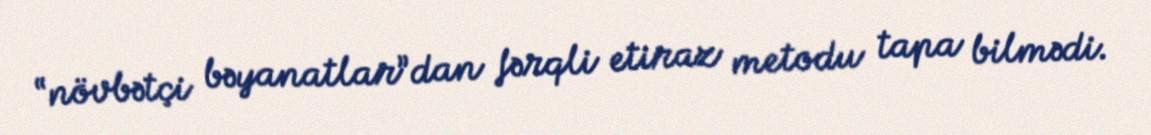
“növbətçi bəyanatlar”dan fərqli etiraz metodu tapa bilmədi.